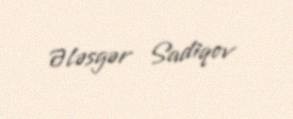
Ələsgər Sadiqov